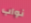
نواب